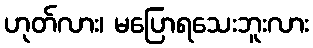
ဟုတ်လား၊ မပြောရသေးဘူးလား